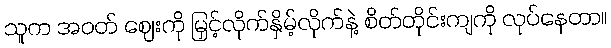
သူက အဝတ် ဈေးကို မြှင့်လိုက်နှိမ့်လိုက်နဲ့ စိတ်တိုင်းကျကို လုပ်နေတာ။